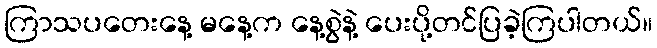
ကြာသပတေးနေ့ မနေ့က နေ့စွဲနဲ့ ပေးပို့တင်ပြခဲ့ကြပါတယ်။